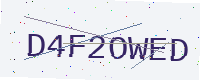
Text: D4F2OWED